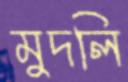
মুদলি